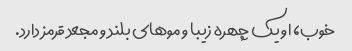
خوب، او یک چهره زیبا و موهای بلند و مجعد قرمز دارد.